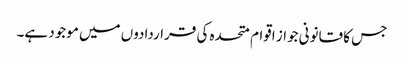
جس کا قانونی جواز اقوام متحدہ کی قراردادوں میں موجود ہے۔